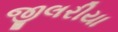
જીલરીયા